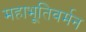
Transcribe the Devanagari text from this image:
महाभूतिवर्मन